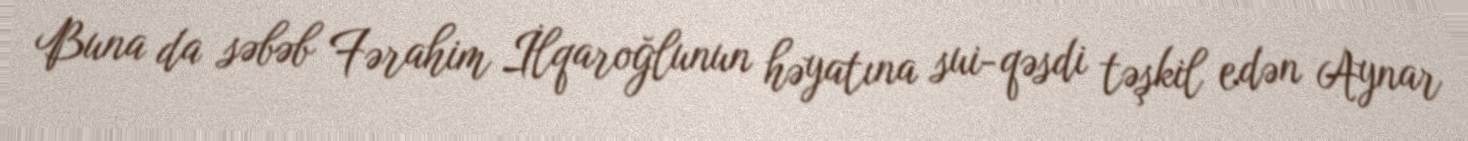
Buna da səbəb Fərahim İlqaroğlunun həyatına sui-qəsdi təşkil edən Aynar